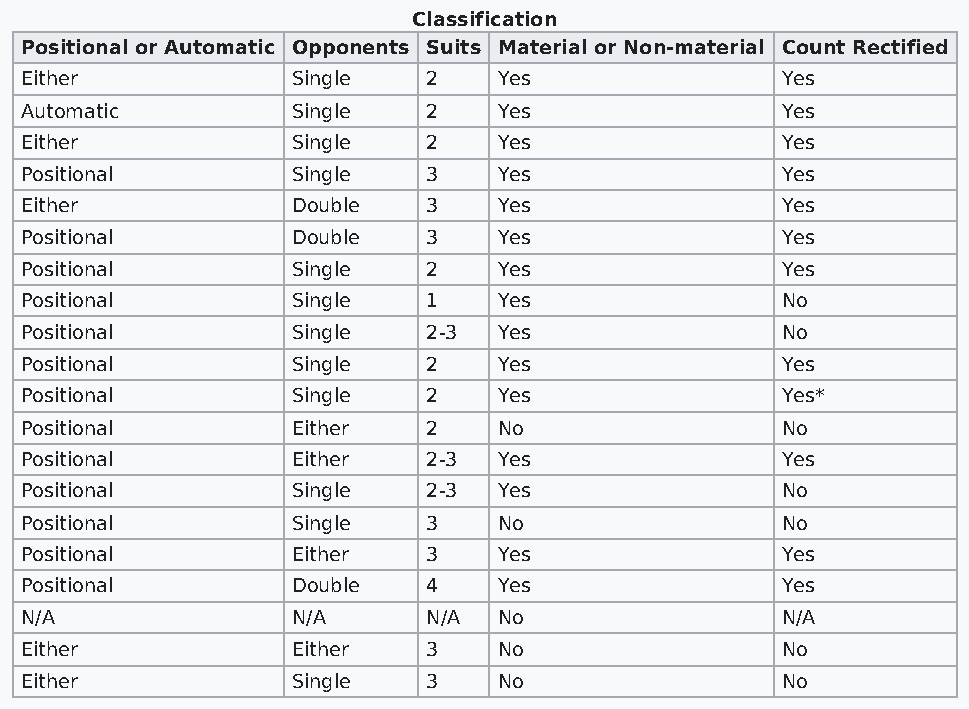
Classification
 Positional or Automatic Opponents Suits Material or Non-material Count Rectified
 Either            Single   2    Yes                Yes
 Automatic         Single   2    Yes                Yes
 Either            Single   2    Yes                Yes
 Positional        Single   3    Yes                Yes
 Either            Double   3    Yes                Yes
 Positional        Double   3    Yes                Yes
 Positional        Single   2    Yes                Yes
 Positional        Single   1    Yes                No
 Positional        Single   2-3  Yes                No
 Positional        Single   2    Yes                Yes
 Positional        Single   2    Yes                Yes*
 Positional        Either   2    No                 No
 Positional        Either   2-3  Yes                Yes
 Positional        Single   2-3  Yes                No
 Positional        Single   3    No                 No
 Positional        Either   3    Yes                Yes
 Positional        Double   4    Yes                Yes
 N/A               N/A      N/A  No                 N/A
 Either            Either   3    No                 No
 Either            Single   3    No                 No